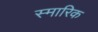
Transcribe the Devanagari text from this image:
स्मारिक